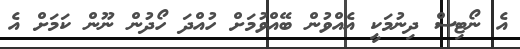
އެ ނޯޓިސް ދިނުމަކީ އެއްވުން ބޭއްވުމަށް ހުއްދަ ހޯދުން ނޫން ކަމަށް އެ